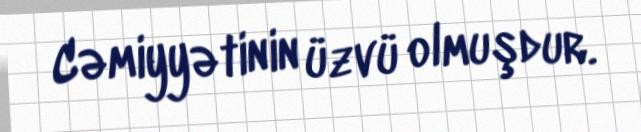
Cəmiyyətinin üzvü olmuşdur.